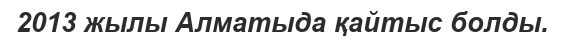
2013 жылы Алматыда қайтыс болды.